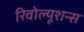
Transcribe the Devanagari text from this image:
रिवोल्यूशन्स